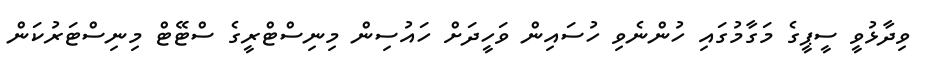
ވިދާޅުވީ ސީޕީގެ މަގާމުގައި ހުންނެވި ހުސައިން ވަހީދަށް ހައުސިން މިނިސްޓްރީގެ ސްޓޭޓް މިނިސްޓަރުކަން